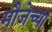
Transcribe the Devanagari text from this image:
मौजेच्या